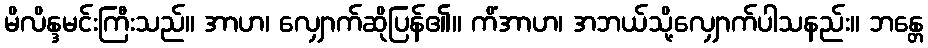
မိလိန္ဒမင်းကြီးသည်။ အာဟ၊ လျှောက်ဆိုပြန်၏။ ကိံအာဟ၊ အဘယ်သို့လျှောက်ပါသနည်း။ ဘန္တေ